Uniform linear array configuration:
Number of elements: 32
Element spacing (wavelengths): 1
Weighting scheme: hamming
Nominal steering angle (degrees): -60
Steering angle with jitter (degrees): -61.164
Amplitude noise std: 0.05
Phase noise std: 0.05

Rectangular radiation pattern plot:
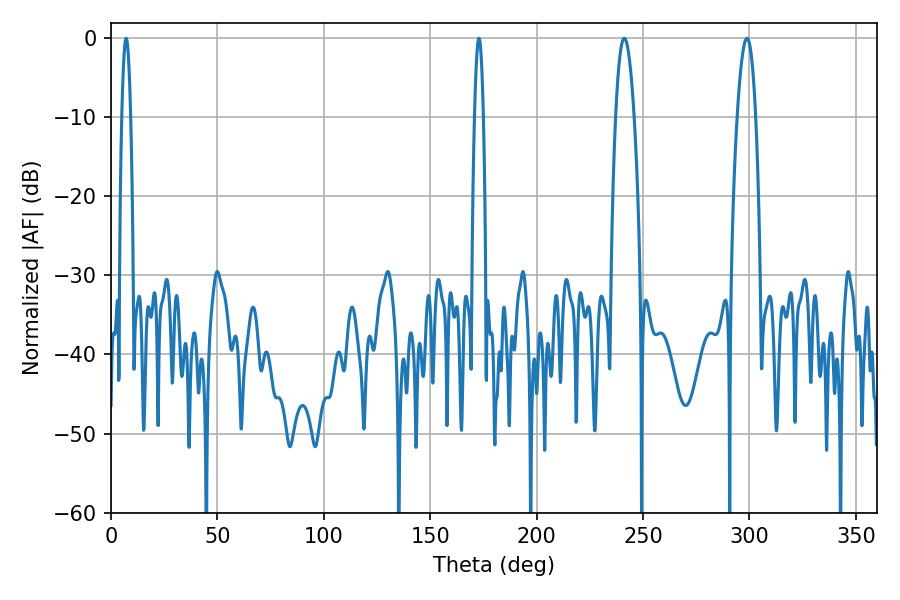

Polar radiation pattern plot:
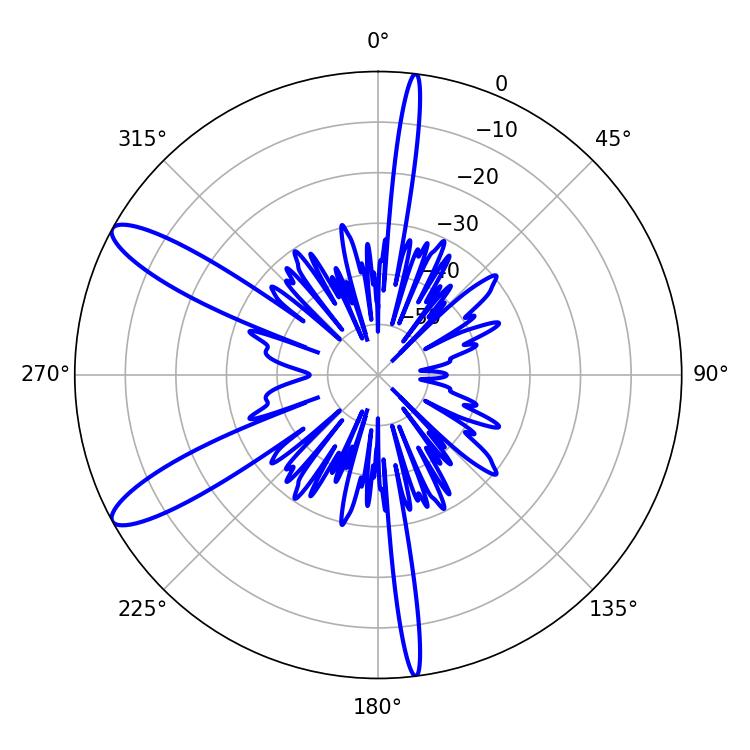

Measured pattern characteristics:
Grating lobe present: TRUE
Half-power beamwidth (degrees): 4.86
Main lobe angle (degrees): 241.2